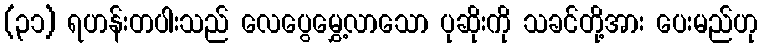
(၃၁) ရဟန်းတပါးသည် လေပွေမွှေ့လာသော ပုဆိုးကို သခင်တို့အား ပေးမည်ဟု